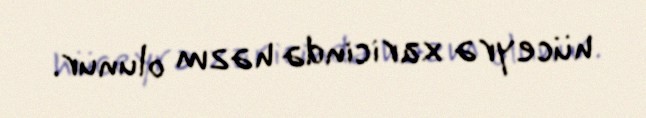
hüceyrə xaricində həzm olunur.